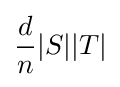
{\frac {d}{n}}|S||T|